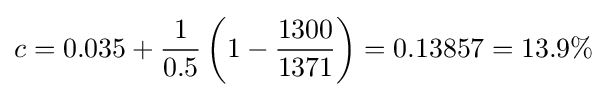
c=0.035+{\frac {1}{0.5}}\left(1-{\frac {1300}{1371}}\right)=0.13857=13.9\%